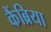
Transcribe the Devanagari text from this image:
कैंब्रिया